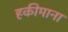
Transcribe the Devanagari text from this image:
हकीमाना